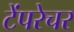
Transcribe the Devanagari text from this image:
टेंपरेचर